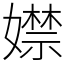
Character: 𡢾